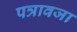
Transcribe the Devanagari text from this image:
पत्रावजा